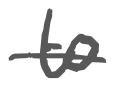
Text: to
Cross-out: single-line
Writing tool: digital_gray